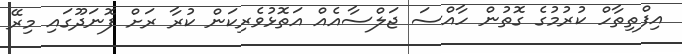
އިފްތިތާހް ކުރުމުގެ ގޮތުން ހާއްސަ ޖަލްސާއެއް އަތޮޅުވެރިކަން ކުރާ ރަށް ފޮނަދޫގައި މިރޭ